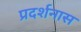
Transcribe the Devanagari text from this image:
प्रदर्शनास